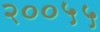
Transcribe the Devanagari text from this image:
२००५५